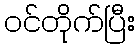
ဝင်တိုက်ပြီး